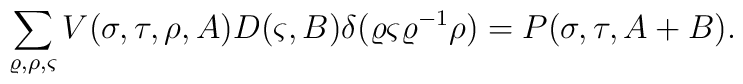
\sum_{\varrho, \rho, \varsigma}V (\sigma,\tau, \rho, A)  D(\varsigma, B)\delta (\varrho \varsigma \varrho^{-1}\rho)= P (\sigma, \tau, A+ B).